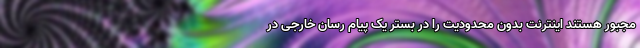
مجبور هستند اینترنت بدون محدودیت را در بستر یک پیام رسان خارجی در